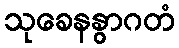
သုခေနနွာဂတံ